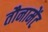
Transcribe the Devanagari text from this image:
तौनामेंट